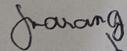
Signature authenticity: genuine